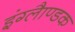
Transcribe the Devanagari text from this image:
इंग्लैाण्डक